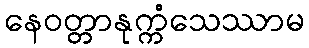
နေဝတ္တာနုက္ကံသေဿာမ